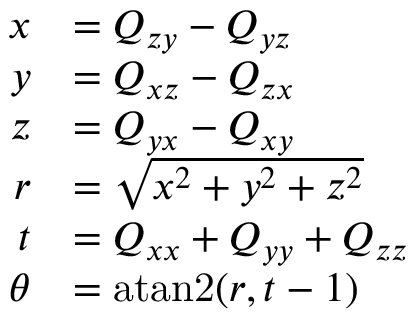
{ \begin{array} { r l } { x } & { = Q _ { z y } - Q _ { y z } } \\ { y } & { = Q _ { x z } - Q _ { z x } } \\ { z } & { = Q _ { y x } - Q _ { x y } } \\ { r } & { = { \sqrt { x ^ { 2 } + y ^ { 2 } + z ^ { 2 } } } } \\ { t } & { = Q _ { x x } + Q _ { y y } + Q _ { z z } } \\ { \theta } & { = \operatorname { a t a n 2 } ( r , t - 1 ) } \end{array} }